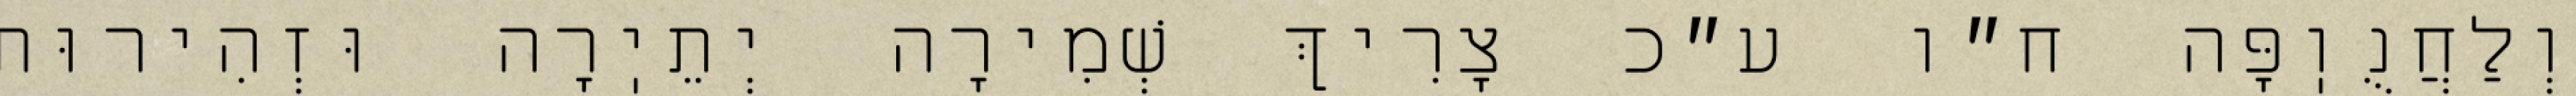
וְלַחֲנֻוֽפָּה ח״ו ע״כ צָרִיךְ שְׁמִירָה יְתֵיֽרָה וּזְהִירוּת